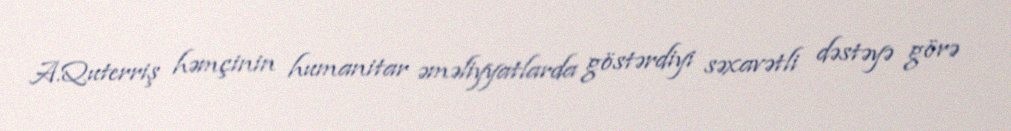
A.Quterriş həmçinin humanitar əməliyyatlarda göstərdiyi səxavətli dəstəyə görə